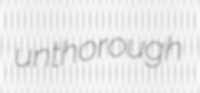
unthorough